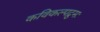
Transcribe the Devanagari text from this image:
कविकल्पद्रुमः